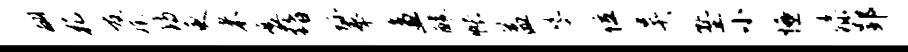
翩孔友旄诗更米襄黯珍奉盗醵帐益娑位吴塾小慊漆郢